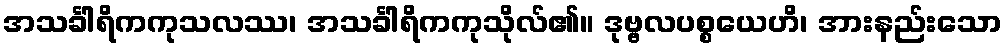
အသင်္ခါရိကကုသလဿ၊ အသင်္ခါရိကကုသိုလ်၏။ ဒုဗ္ဗလပစ္စယေဟိ၊ အားနည်းသော